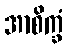
အာစိက္ခံ